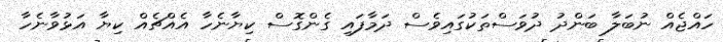
ހައްޖެއް ނުބަލާ ބަންދު ދުވަސްތަކުގައިވެސް ދަމާފައި ގެންގޮސް ކިޔާނެހާ އެއްޗެއް ކިޔާ އަޅުވާނެހާ